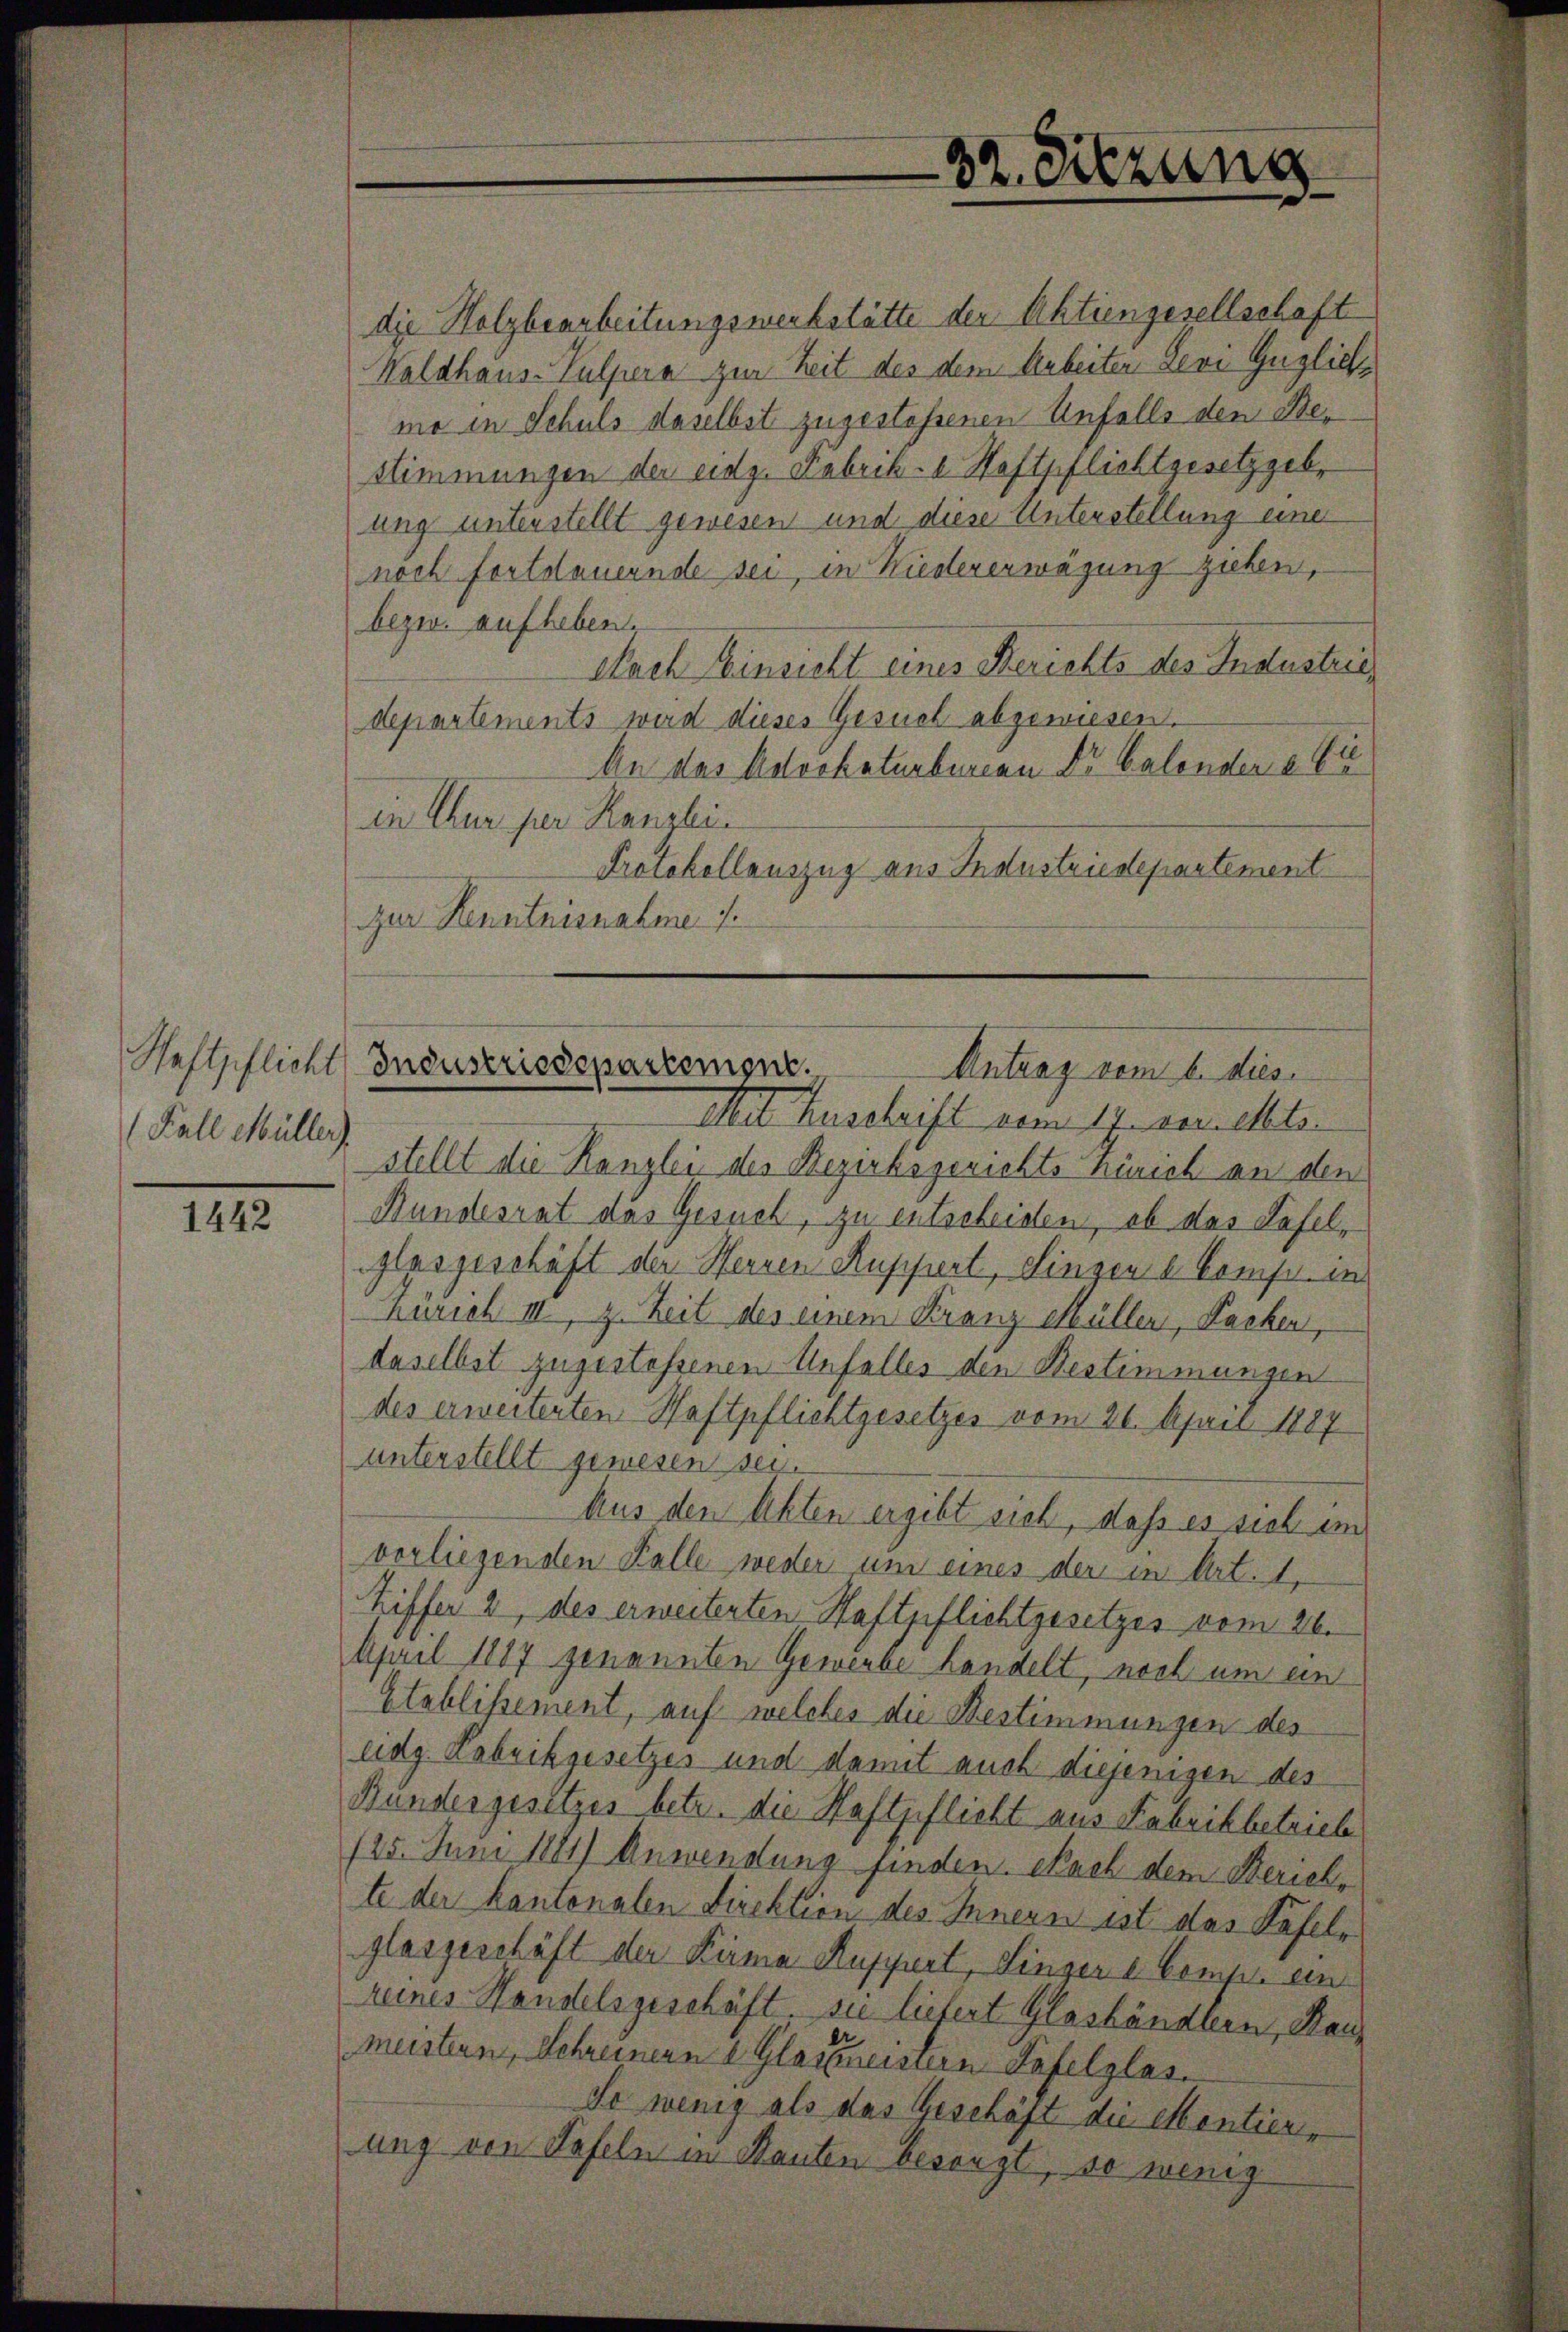
Haftpflicht
(Fall Müller

1442

die Holzbearbeitungswerkstätte der Aktiengesellschaft
Waldhaus-Pulpera zur Zeit des dem Arbeiter Levi Guglich
mo in Schuls daselbst zugestehenen Unfalls den Bestimmungen der eidg. Fabrik-a Haftpflichtgesetzgeb
ung unterstellt gewesen und diese Unterstellung eine
noch fortdauernde sei, in Wiedererwägung ziehen,
bezw. aufheben.
Nach Einsicht eines Berichts des Industrie
departements wird dieses Gesuch abgewiesen.
An das Aerobeturbureau Dr. Calondere Er
in Chur per Kanzlei.
Protokollauszug aus Industriestepartement
Zur Kenntnisnahme f.

32. Sitzung

Industriedepartemgne. Antrag vom 6. dies

Mit Zuschrift vom 17. der elte.
stellt die Kanzlei des Bezirksgerichts hinrich an den
Bundesrat das Gesuch, zu entscheiden, ob das Haselglasgeschäft der Herren Ruppiert, Singen d. Comp. in
Zürich III, z. Zeit des einem Franz Müller, Fachen,
daselbst zugestessenen Unfalles den Bestimmungen
des erweiterten Haftpflichtgesetzes vom 26. April 1887
unterstellt gewesen sei.
Aus den Akten ergibt sich, daß es sich in
vorliegenden Kalle weder um eines der in Art. 1,
Hiffer 2, des erweiterten Haftpflichtgesetzes vom 26.
April 1887 genannten Gewerbe handelt, noch um ein
Etablissement, auf welches die Bestimmungen des
eidg. Fabrikgesetzes und damit auch diejenigen des
Bundergesetzes betr. die Haftpflicht aus Fabrikbetriebe
125. Juni 1881) Anwendung finden. Nach dem Zürichte der kantonalen Direktion des Innern ist das Käfele
glasgeschäft der Firma Ruppirt, Singere Comple ein
reines Handelsgeschäft. Sie liefert Glashändlern, Kanz
meistern, Schreinern 2 Glattmeisten Tafelglas.
So wenig als das Geschäft die Mentienung von Tafeln in Bauten besorgt, so wenig